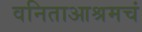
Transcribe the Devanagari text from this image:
वनिताआश्रमचं